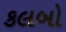
કલબો